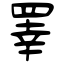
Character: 睪